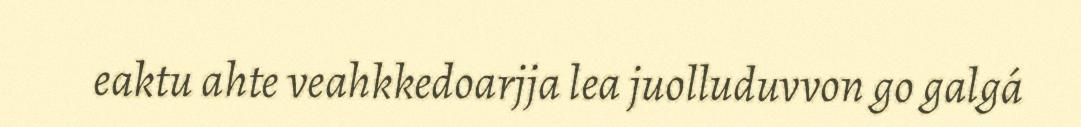
eaktu ahte veahkkedoarjja lea juolluduvvon go galgá